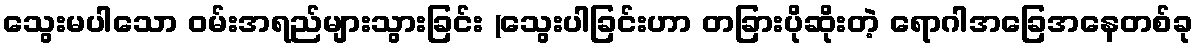
သွေးမပါသော ဝမ်းအရည်များသွားခြင်း (သွေးပါခြင်းဟာ တခြားပိုဆိုးတဲ့ ရောဂါအခြေအနေတစ်ခု